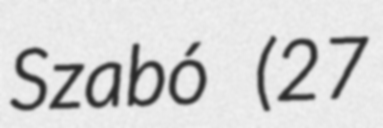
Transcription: Szabó (27